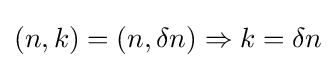
(n,k)=(n,\delta n)\Rightarrow k=\delta n